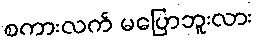
စကားလက် မပြောဘူးလား